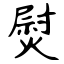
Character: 熨